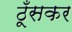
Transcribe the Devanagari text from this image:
ठूँसकर